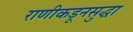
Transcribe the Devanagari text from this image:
राणीकडूनसुद्धा